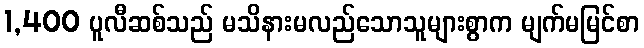
1,400 ပူလီဆစ်သည် မသိနားမလည်သောသူများစွာက မျက်မမြင်စာ